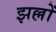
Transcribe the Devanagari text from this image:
झल्लों